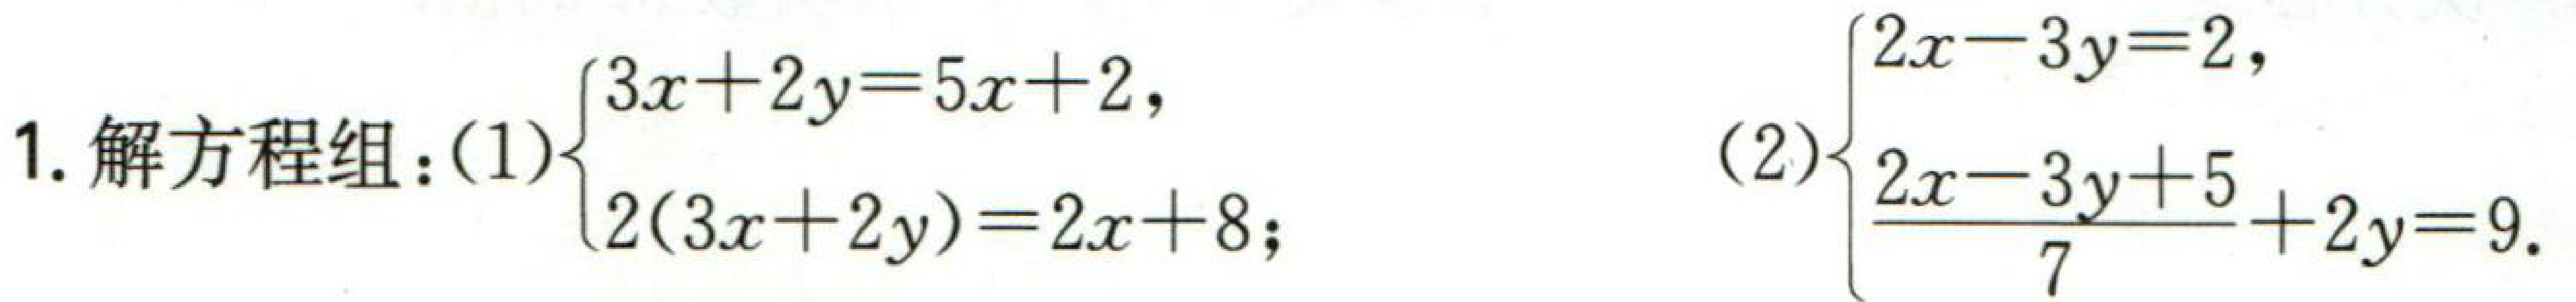
1. 解方程组：(1)$\begin{cases}2x - 3y = 2,\\3x + 2y = 5x + 2,\\2(3x + 2y)=2x + 8;\end{cases}$(2)$\begin{cases}2x-3y = 2,\\\frac{2x - 3y + 5}{7}+2y = 9.\end{cases}$